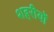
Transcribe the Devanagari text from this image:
शहरीयों